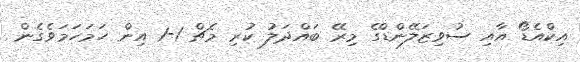
އިކްއެޑޯ އާއި ސުވިޒަލޭންޑްގެ މިރޭ ބައްދަލު ކުރި މެޗް 1-1 އިން ހަމަހަމަވެގެން